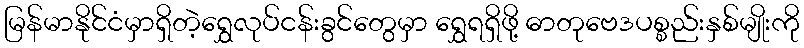
မြန်မာနိုင်ငံမှာရှိတဲ့ရွှေလုပ်ငန်းခွင်တွေမှာ ရွှေရရှိဖို့ ဓာတုဗေဒပစ္စည်းနှစ်မျိုးကို